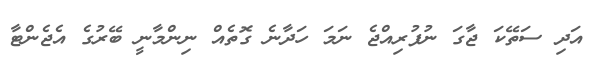
އަދި ސަތޭކަ ޖާގަ ނުފުރިއްޖެ ނަމަ ހަދާނެ ގޮތެއް ނިންމާނީ ބޭރުގެ އެޖެންޓާ